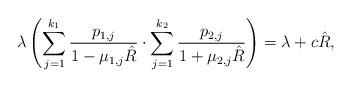
LaTeX: \begin{align*} \lambda\, \Biggl(\sum_{j=1}^{k_1}\frac{p_{1,j}}{1-\mu_{1,j}\hat R} \cdot\sum_{j=1}^{k_2}\frac{p_{2,j}}{1+\mu_{2,j}\hat R} \Biggr) =\lambda+c\hat R,\end{align*}